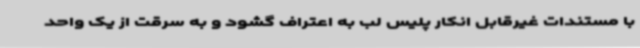
با مستندات غیرقابل انکار پلیس لب به اعتراف گشود و به سرقت از یک واحد